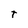
Character: T